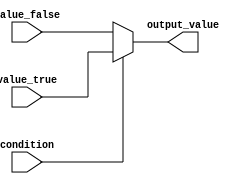
module conditional_operator_assignment (
    input wire condition,       // Boolean condition input
    input wire [7:0] value_true,  // Value to assign if condition is true
    input wire [7:0] value_false, // Value to assign if condition is false
    output reg [7:0] output_value // Output variable reflecting the result
);

// Behavioral block using the conditional operator
always @(*) begin
    output_value = condition ? value_true : value_false;
end

endmodule